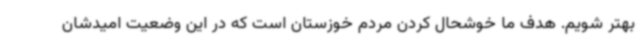
بهتر شویم. هدف ما خوشحال کردن مردم خوزستان است که در این وضعیت امیدشان